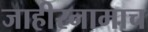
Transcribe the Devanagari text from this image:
जाहीरनामाच